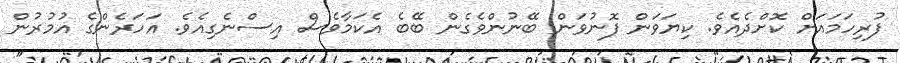
ފުރިހަމައަށް ކޮށްދެއެވެ. ކިޔަވަން ފޮނުވަން ބޭނުންވެގެން ބޭބެ އެކަމާވެސް އިސްނެގިއެވެ. އަހަރެންގެ އުމުރުން